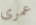
عمرى